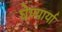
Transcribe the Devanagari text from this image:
घेण्यार्या